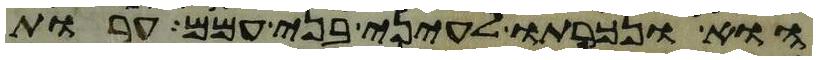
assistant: הוא ונכרתו לעיני בני עמם ערות